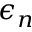
\epsilon _ { n }